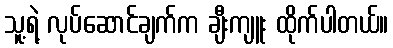
သူ့ရဲ့ လုပ်ဆောင်ချက်က ချီးကျူး ထိုက်ပါတယ်။